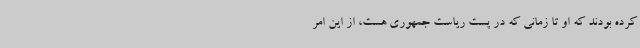
کرده بودند که او تا زمانی که در پست ریاست جمهوری هست، از این امر